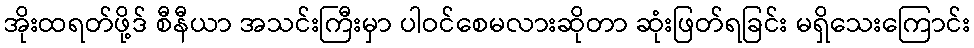
အိုးထရတ်ဖို့ဒ် စီနီယာ အသင်းကြီးမှာ ပါဝင်စေမလားဆိုတာ ဆုံးဖြတ်ရခြင်း မရှိသေးကြောင်း